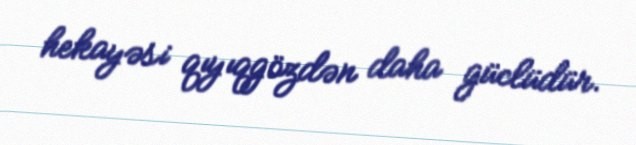
hekayəsi qıyıqgözdən daha güclüdür.